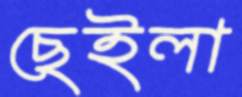
ছেইলা